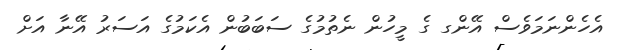
އެހެންނަމަވެސް އޭންގ ގެ މީހުން ނެތުމުގެ ސަބަބުން އެކަމުގެ އަސަރު އޭނާ އަށް